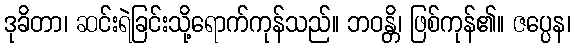
ဒုခိတာ၊ ဆင်းရဲခြင်းသို့ရောက်ကုန်သည်။ ဘဝန္တိ၊ ဖြစ်ကုန်၏။ ဇပ္ပေန၊